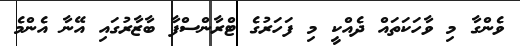
ވެންގާ މި ވާހަކަތައް ދެއްކީ މި ފަހަރުގެ ޓްރާންސްފާ ބާޒާރުގައި އޭނާ އެންމެ